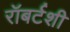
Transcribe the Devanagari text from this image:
रॉबर्टशी